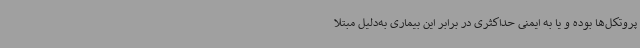
پروتکل‌ها بوده و یا به ایمنی حداکثری در برابر این بیماری به‌دلیل مبتلا